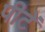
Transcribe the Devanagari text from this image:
पीटें